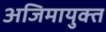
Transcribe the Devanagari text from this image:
अजिमायुक्त